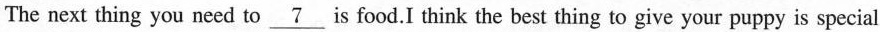
The next thing you need to\underline{7} is food.I think the best thing to give your puppy is special